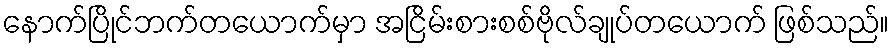
နောက်ပြိုင်ဘက်တယောက်မှာ အငြိမ်းစားစစ်ဗိုလ်ချုပ်တယောက် ဖြစ်သည်။